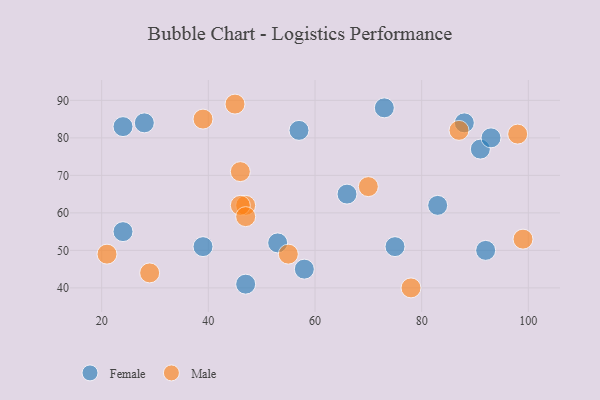
{"axis": {"x": "GDP", "y": "Life Expectancy"}, "legend": ["Female", "Male"], "data": [{"x": "58", "y": 45, "type": "Female"}, {"x": "39", "y": 51, "type": "Female"}, {"x": "91", "y": 77, "type": "Female"}, {"x": "83", "y": 62, "type": "Female"}, {"x": "28", "y": 84, "type": "Female"}, {"x": "88", "y": 84, "type": "Female"}, {"x": "75", "y": 51, "type": "Female"}, {"x": "47", "y": 41, "type": "Female"}, {"x": "66", "y": 65, "type": "Female"}, {"x": "73", "y": 88, "type": "Female"}, {"x": "92", "y": 50, "type": "Female"}, {"x": "53", "y": 52, "type": "Female"}, {"x": "57", "y": 82, "type": "Female"}, {"x": "24", "y": 55, "type": "Female"}, {"x": "24", "y": 83, "type": "Female"}, {"x": "93", "y": 80, "type": "Female"}, {"x": "55", "y": 49, "type": "Male"}, {"x": "39", "y": 85, "type": "Male"}, {"x": "47", "y": 62, "type": "Male"}, {"x": "29", "y": 44, "type": "Male"}, {"x": "45", "y": 89, "type": "Male"}, {"x": "46", "y": 62, "type": "Male"}, {"x": "87", "y": 82, "type": "Male"}, {"x": "70", "y": 67, "type": "Male"}, {"x": "46", "y": 71, "type": "Male"}, {"x": "47", "y": 59, "type": "Male"}, {"x": "99", "y": 53, "type": "Male"}, {"x": "21", "y": 49, "type": "Male"}, {"x": "78", "y": 40, "type": "Male"}, {"x": "98", "y": 81, "type": "Male"}]}